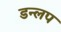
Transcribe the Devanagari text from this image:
डन्लप